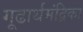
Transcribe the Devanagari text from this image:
गूढार्थमंद्रिका